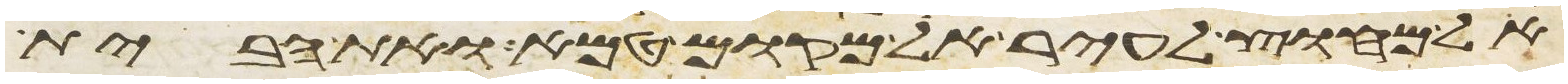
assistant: אל מחוץ לעיר אל מקום טמא ואת הבית